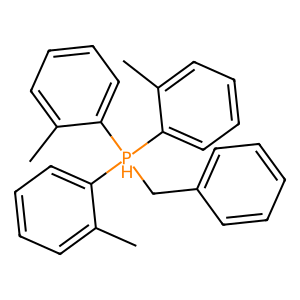
SMILES: Cc1ccccc1[PH](Cc1ccccc1)(c1ccccc1C)c1ccccc1C
Inhibits HIV replication: No